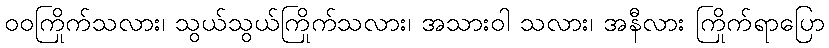
ဝဝကြိုက်သလား၊ သွယ်သွယ်ကြိုက်သလား၊ အသားဝါ သလား၊ အနီလား ကြိုက်ရာပြော